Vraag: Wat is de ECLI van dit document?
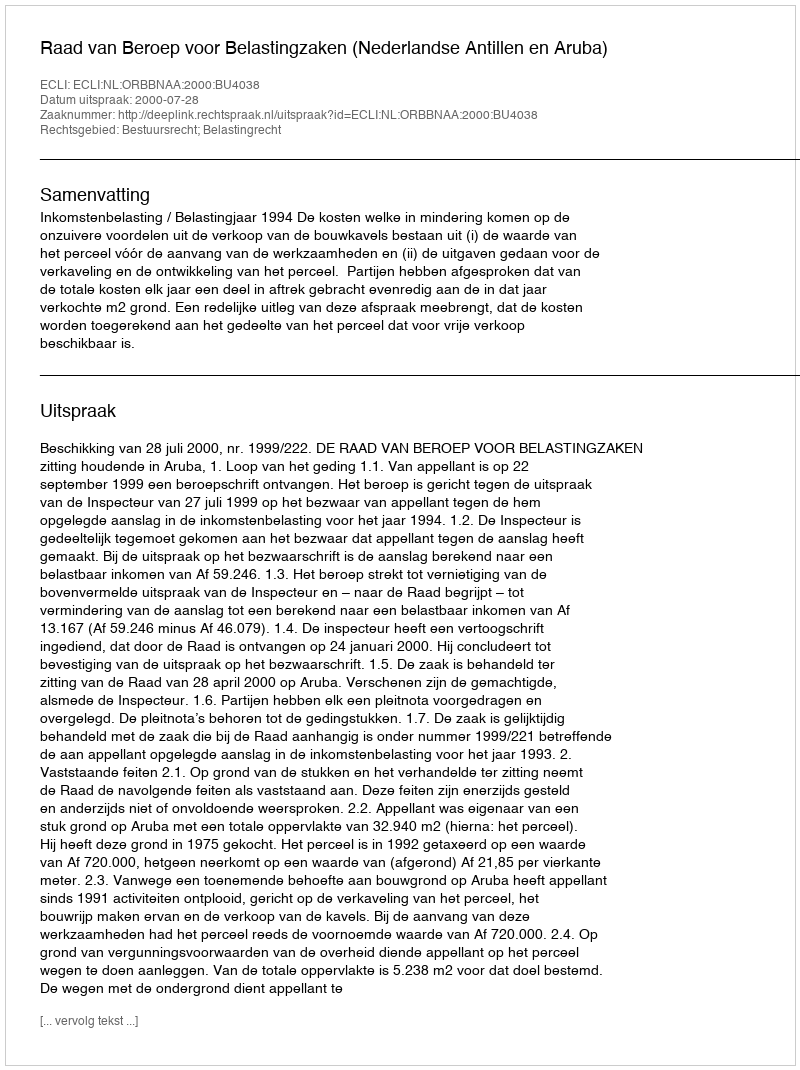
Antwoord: ECLI:NL:ORBBNAA:2000:BU4038